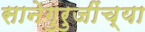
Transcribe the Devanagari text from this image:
सानेगुरुजींच्या